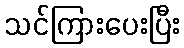
သင်ကြားပေးပြီး